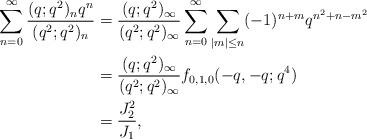
LaTeX: \begin{align*}\sum_{n=0}^\infty \frac{(q;q^2)_nq^n}{(q^2;q^2)_n}&= \frac{(q;q^2)_{\infty}}{(q^2;q^2)_{\infty}}\sum_{n=0}^\infty\sum_{|m|\leq n}(-1)^{n+m}q^{n^2+n-m^2}\\&= \frac{(q;q^2)_{\infty}}{(q^2;q^2)_{\infty}}f_{0,1,0}(-q,-q;q^4)\\&=\frac{J_2^2}{J_1},\end{align*}